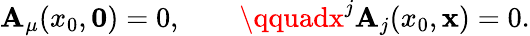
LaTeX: \mathbf{A}_{\mu}(x_{0},{\mathbf{0}})=0,\qquad\qquadx^{j}\mathbf{A}_{j}(x_{0},{\mathbf{x}})=0.